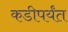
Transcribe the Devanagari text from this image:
कडीपर्यंत